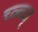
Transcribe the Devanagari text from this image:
च्व्ब्च्व्